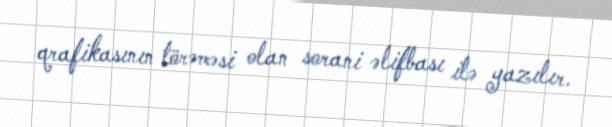
qrafikasının törəməsi olan sorani əlifbası ilə yazılır.